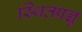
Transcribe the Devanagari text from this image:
स्थितप्रज्ञु